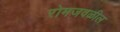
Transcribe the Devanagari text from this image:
रोमजवळील